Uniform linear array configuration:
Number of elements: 24
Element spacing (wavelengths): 0.75
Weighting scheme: blackman
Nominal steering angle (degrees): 60
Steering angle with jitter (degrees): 58.877
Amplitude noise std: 0.05
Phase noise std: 0.05

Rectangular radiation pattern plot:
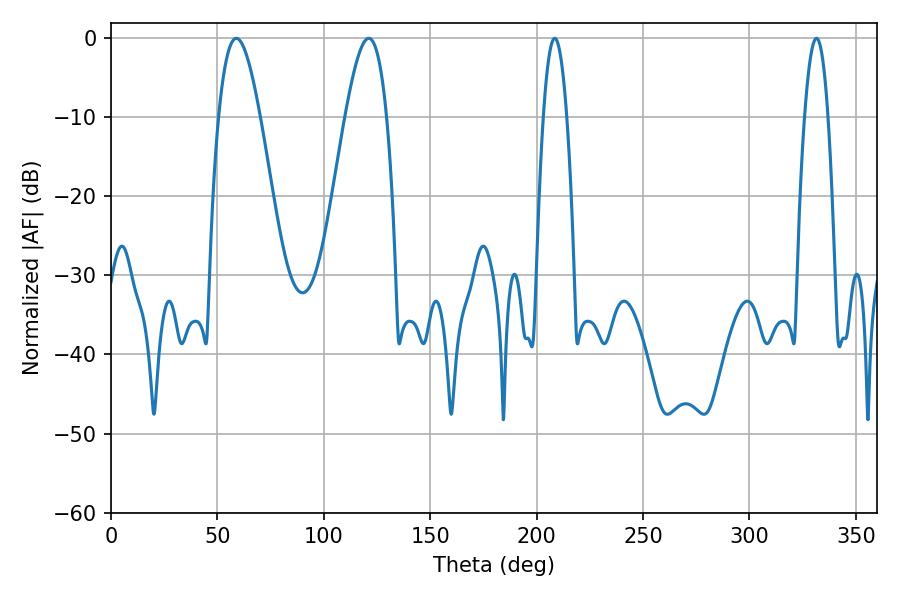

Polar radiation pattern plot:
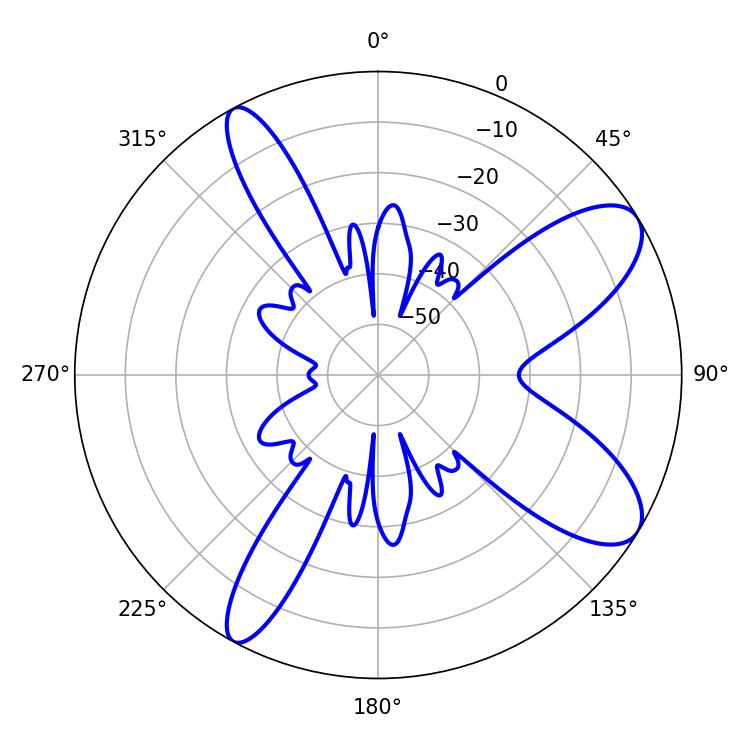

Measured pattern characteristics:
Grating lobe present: TRUE
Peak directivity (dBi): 9.283
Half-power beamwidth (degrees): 10.62
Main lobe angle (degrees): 58.86